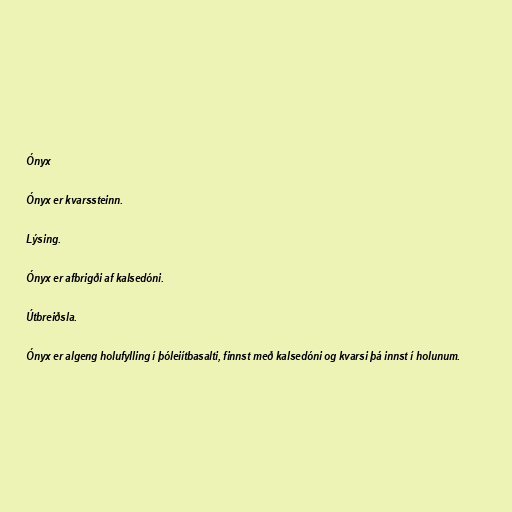
Ónyx

Ónyx er kvarssteinn.

Lýsing.

Ónyx er afbrigði af kalsedóni.

Útbreiðsla.

Ónyx er algeng holufylling í þóleiítbasalti, finnst með kalsedóni og kvarsi þá innst í holunum.